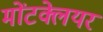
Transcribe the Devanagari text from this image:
मोंटक्लेयर